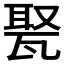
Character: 𤭡